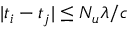
| t _ { i } - t _ { j } | \le N _ { u } \lambda / c